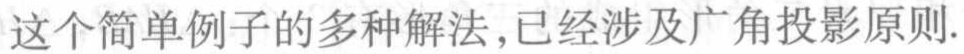
这个简单例子的多种解法,已经涉及广角投影原则.